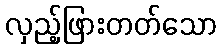
လှည့်ဖြားတတ်သော